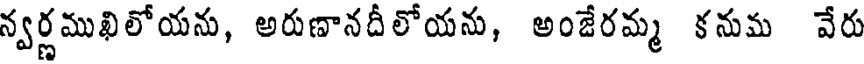
న్వర్ణముఖిలోయను, అరుణానదీలోయను, అంజేర్మ కనుమ వేరు